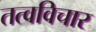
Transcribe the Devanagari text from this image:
तत्वविचार